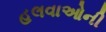
હલવાઓની